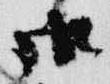
御